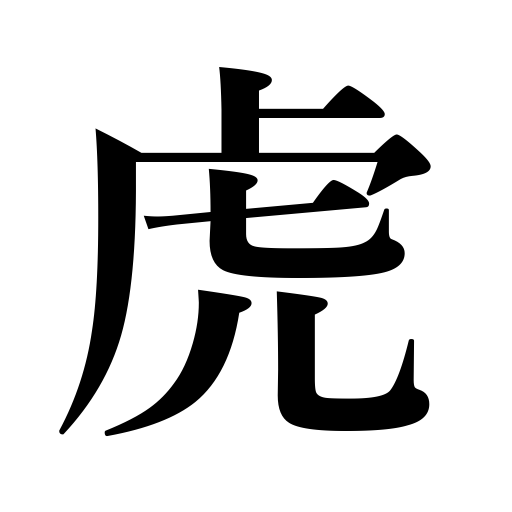
Meanings: drunkard,tiger